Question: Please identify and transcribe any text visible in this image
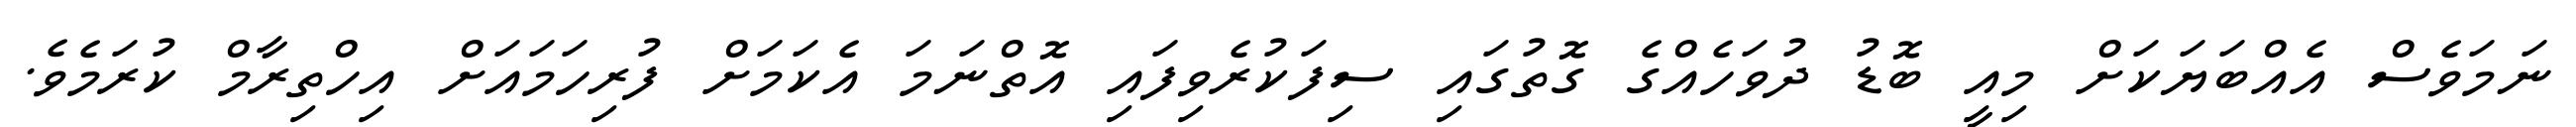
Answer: ނަމަވެސް އެއްބަޔަކަށް މިއީ ބޮޑު ދުވަހެއްގެ ގޮތުގައި ސިފަކުރެވިފައި އޮތްނަމަ އެކަމަށް ފުރިހަމައަށް އިހްތިރާމް ކުރަމެވެ.